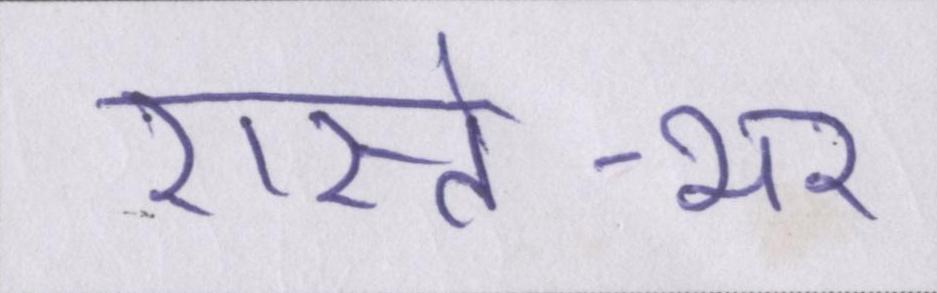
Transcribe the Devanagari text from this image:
रास्ते-भर